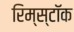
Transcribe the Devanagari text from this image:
रिम्स्टॉक